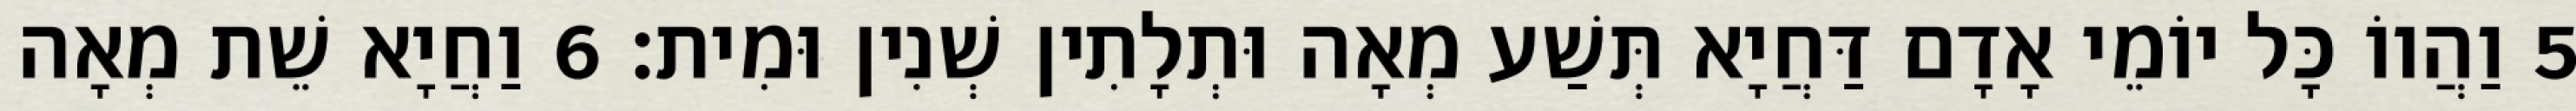
5 וַהֲווֹ כָּל יוֹמֵי אָדָם דַּחֲיָא תְּשַׁע מְאָה וּתְלָתִין שְׁנִין וּמִית׃ 6 וַחֲיָא שֵׁת מְאָה